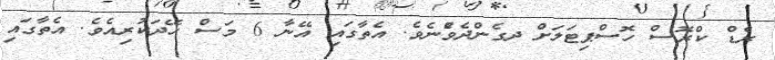
ރެޑް ކްރޮސް ހޮސްޕިޓަލަށް ދގެންދެވެުނެވެ. އެތާގައި އޭނާ 6 މަސް ހޭދަކުރިއެވެ. އެތާގައި